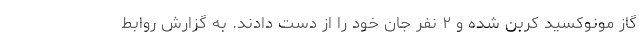
گاز مونوکسید کربن شده و ۲ نفر جان خود را از دست دادند. به گزارش روابط